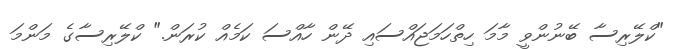
"ކްލޭރިސާ ބޭނުންވީ މާމަ ހިތްހަމަޖައްސައި ދޭން ހާއްސަ ކަމެއް ކުރަން." ކްލޭރިސާގެ މަންމަ